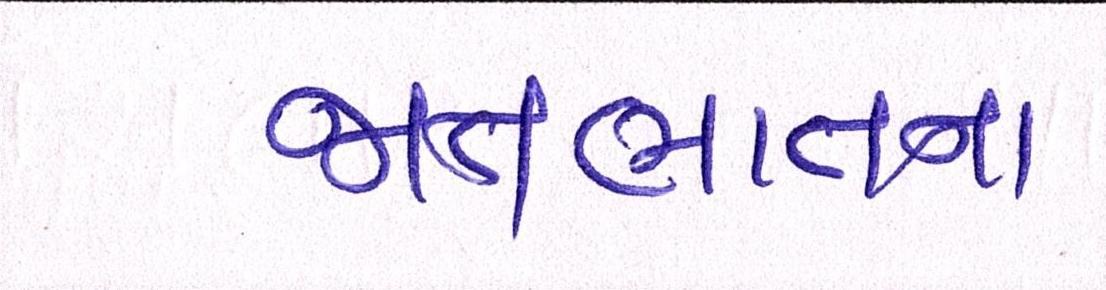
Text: જાતભાતના